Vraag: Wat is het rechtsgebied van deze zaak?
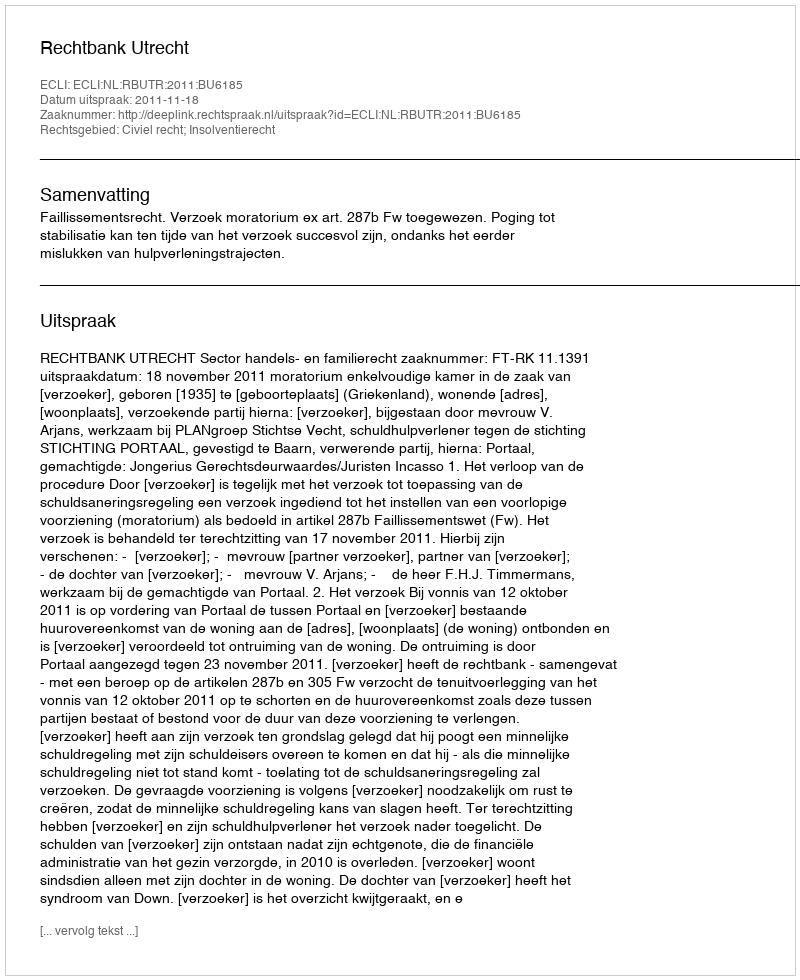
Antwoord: Civiel recht; Insolventierecht